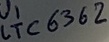
Text: LTC6362